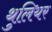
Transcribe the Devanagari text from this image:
थुलियर